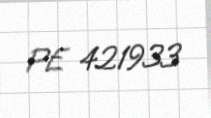
PE 421933